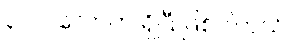
၃ဝဝ လောက် ရှိပြီ ဖြစ်ပါတယ်။